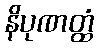
နိပုဏတ္ထံ